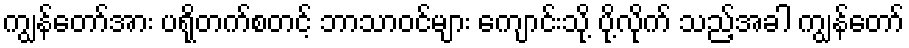
ကျွန်တော်အား ပရိုတက်စတင့် ဘာသာဝင်များ ကျောင်းသို့ ပို့လိုက် သည့်အခါ ကျွန်တော်